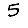
Digit: 5